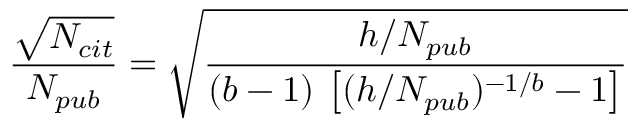
\frac { \sqrt { N _ { c i t } } } { N _ { p u b } } = \sqrt { \frac { h / N _ { p u b } } { ( b - 1 ) \, \left[ ( h / N _ { p u b } ) ^ { - 1 / b } - 1 \right] } }